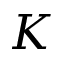
K